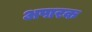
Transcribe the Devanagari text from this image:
अपारक